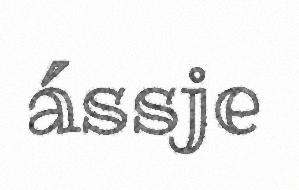
ássje